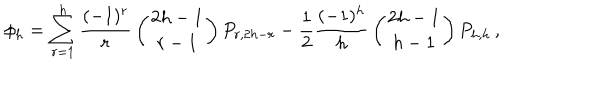
\phi _ { h } = \sum _ { r = 1 } ^ { h } { \frac { ( - 1 ) ^ { r } } { r } } \left( { 2 h - 1 \atop r - 1 } \right) P _ { r , 2 h - r } - { \frac { 1 } { 2 } } { \frac { ( - 1 ) ^ { h } } { h } } \left( { 2 h - 1 \atop h - 1 } \right) P _ { h , h } \, ,